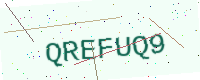
Text: QREFUQ9